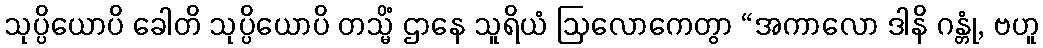
သုပ္ပိယောပိ ခေါတိ သုပ္ပိယောပိ တသ္မိံ ဌာနေ သူရိယံ ဩလောကေတွာ “အကာလော ဒါနိ ဂန္တုံ, ဗဟူ